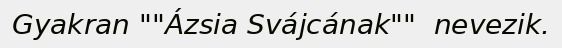
Gyakran ""Ázsia Svájcának""  nevezik.